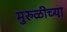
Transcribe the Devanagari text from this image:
मुरुळीच्या